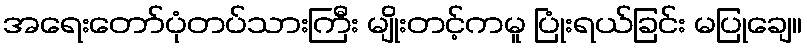
အရေးတော်ပုံတပ်သားကြီး မျိုးတင့်ကမူ ပြုံးရယ်ခြင်း မပြုချေ။